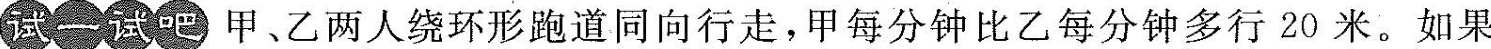
试一试吧甲、乙两人绕环形跑道同向行走，甲每分钟比乙每分钟多行20米。如果